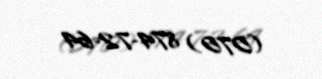
(070) 874-72-64